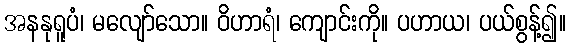
အနနုရူပံ၊ မလျော်သော။ ဝိဟာရံ၊ ကျောင်းကို။ ပဟာယ၊ ပယ်စွန့်၍။